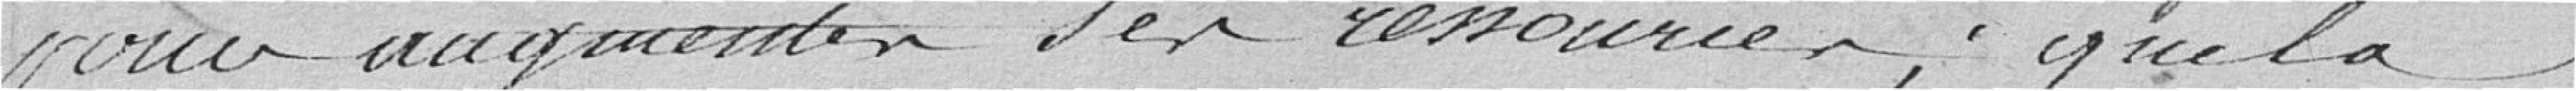
pour augmenter ses ressources ; que la